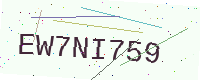
Text: EW7NI759